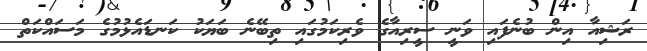
ރަޝިއާ އިން ބުނެފައި ވަނީ ސީރިއާގެ ވެރިކަމުގައި ތިބޭނެ ބަޔަކު ކަނޑައެޅުމުގެ މަސައްކަތް